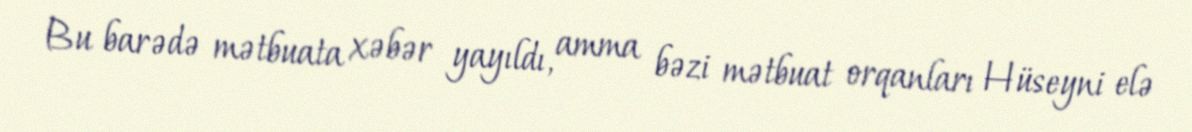
Bu barədə mətbuata xəbər yayıldı, amma bəzi mətbuat orqanları Hüseyni elə